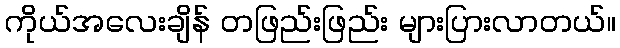
ကိုယ်အလေးချိန် တဖြည်းဖြည်း များပြားလာတယ်။